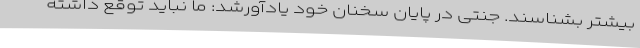
بیشتر بشناسند. جنتی در پایان سخنان خود یادآورشد: ما نباید توقع داشته